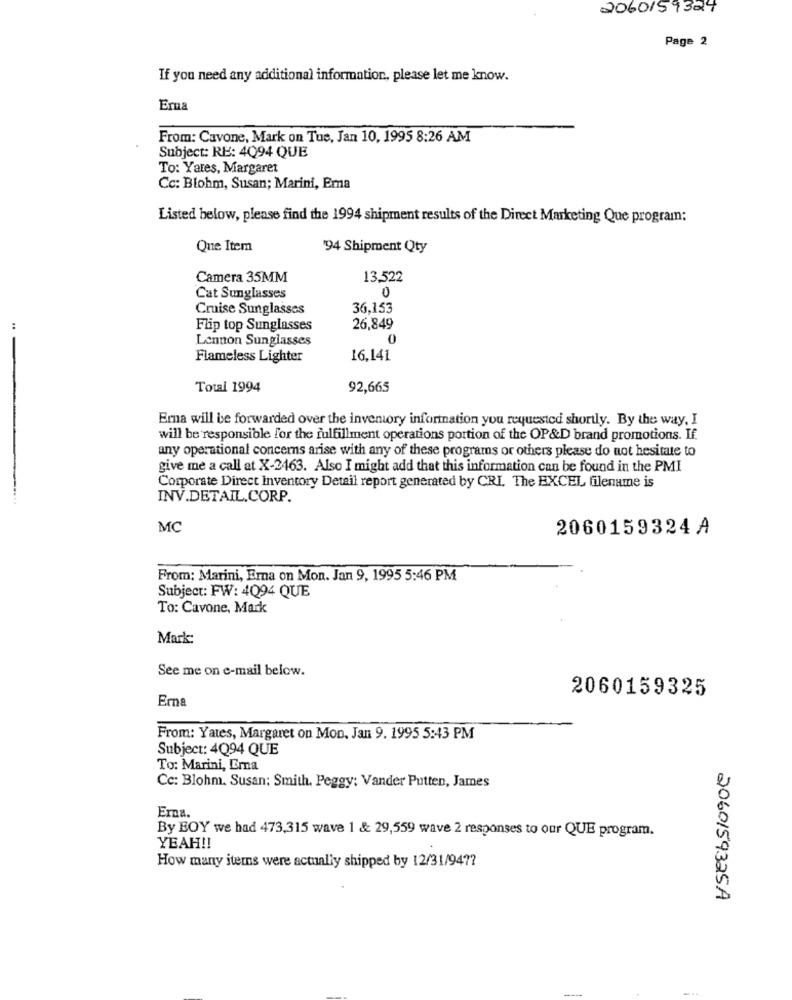
2060/59324
Page 2
If you need any additional information, please let me know.
Erna
From: Cavone, Mark on Tue, Jan 10, 1995 8:26 AM
Subject: RE: 4094 QUE
To: Yates, Margaret
Cc: Blohm, Susan; Marini, Ema
Listed below, please find the 1994 shipment results of the Direct Marketing Que program:
Que Item
'94 Shipment Qty
Camera 35MM
13,522
0
Cat Sunglasses
Cruise Sunglasses
36,153
..
Flip top Sunglasses
26,849
Lennon Sunglasses
0
Flameless Lighter
16.141
Total 1994
92,665
Emna will be forwarded over the inventory information you requested shortly. By the way, I
will be responsible for the fulfillment operations portion of the OP&D brand promotions. If.
any operational concerns arise with any of these programs or others please do not hesitate to
give me a call at X-2463. Also I might add that this information can be found in the PMI
Corporate Direct inventory Detail report generated by CRI. The EXCEL filename is
INV.DETAIL.CORP.
MC
2060159324 A
From: Marini, Erna on Mon. Jan 9, 1995 5:46 PM
Subject: FW: 4094 QUE
To: Cavone, Mark
Mark:
See me on e-mail below.
2060159325
Erna
From: Yates, Margaret on Mon. Jan 9. 1995 5:43 PM
Subject: 4Q94 QUE
To: Marini, Erna
Cc: Blohm. Susan; Smith, Peggy: Vander Putten, James
Ema.
By BOY we had 473,315 wave 1 & 29,559 wave 2 responses to our QUE program.
YEAH !!
How many items were actually shipped by 12/31/947?
2060159325A